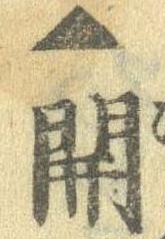
▲開